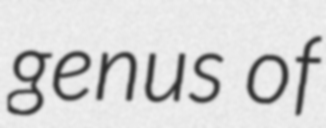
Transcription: genus of